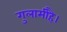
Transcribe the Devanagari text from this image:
गुलामीहै।